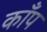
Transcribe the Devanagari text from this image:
कॉँप